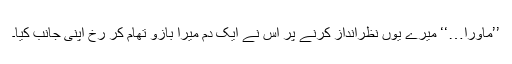
’’ماورا…‘‘ میرے یوں نظرانداز کرنے پر اس نے ایک دم میرا بازو تھام کر رخ اپنی جانب کیا۔